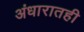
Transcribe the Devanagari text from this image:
अंधारातही